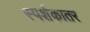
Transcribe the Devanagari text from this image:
स्पर्शकातर